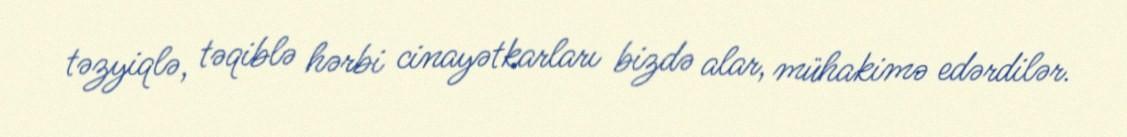
təzyiqlə, təqiblə hərbi cinayətkarları bizdə alar, mühakimə edərdilər.